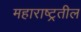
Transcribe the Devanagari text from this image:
महाराष्ट्रतील